Report on vaccination in the Province of Bengal - 1869-1873
Year: 1869
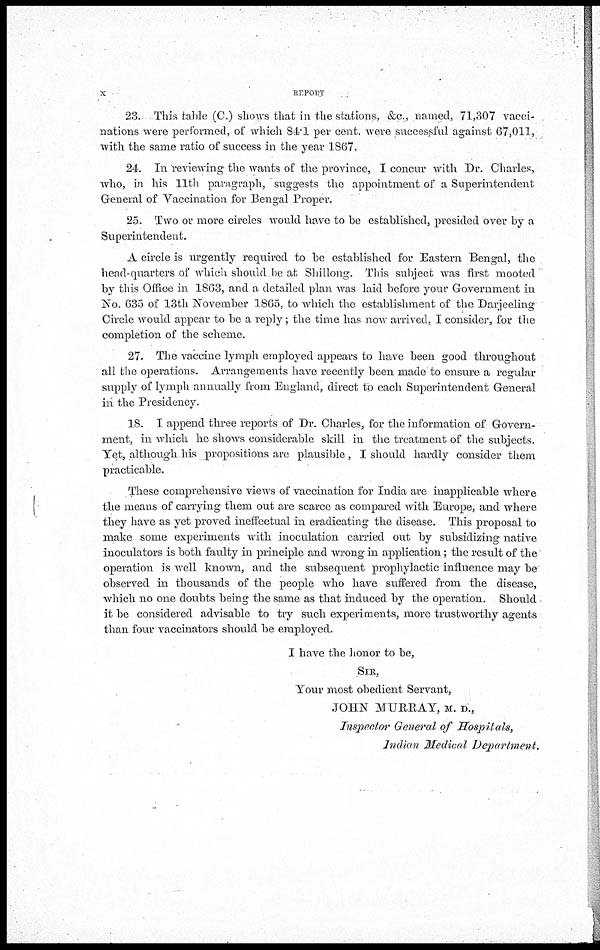
x
REPORT
23. This table (C.) shows that in the stations, &c., named, 71,307 vacci-
nations were performed, of which 84.1 per cent. were successful against 67,011,
with the same ratio of success in the year 1S67.
24. In reviewing the wants of the province, I concur with Dr. Charles,
who, in his 11th paragraph, suggests the appointment of a Superintendent
General of Vaccination for Bengal Proper.
25. Two or more circles would have to be established, presided over by a
Superintendent.
A circle is urgently required to be established for Eastern Bengal, the
head-quarters of which should be at Shillong. This subject was first mooted
by this Office in 1863, and a detailed plan was laid before your Government in
No. 635 of 13th November 1865, to which the establishment of the Darjeeling
Circle would appear to be a reply; the time has now arrived, I consider, for the
completion of the scheme.
27. The vaccine lymph employed appears to have been good throughout
all the operations. Arrangements have recently been made to ensure a regular
supply of lymph annually from England, direct to each Superintendent General
in. the Presidency.
18. I append three reports of Dr. Charles, for the information of Govern-
ment, in which he shows considerable skill in the treatment of the subjects.
Yet, although his propositions are plausible, I should hardly consider them
practicable.
These comprehensive views of vaccination for India are inapplicable where
the means of carrying them out are scarce as compared with Europe, and where
they have as yet proved ineffectual in eradicating the disease. This proposal to
make some experiments with inoculation carried out by subsidizing native
inoculators is both faulty in principle and wrong in application; the result of the
operation is well known, and the subsequent prophylactic influence may be
observed in thousands of the people who have suffered from the disease,
which no one doubts being the same as that induced by the operation. Should
it be considered advisable to try such experiments, more trustworthy agents
than four vaccinators should be employed.
I have the honor to be,
SIR,
Your most obedient Servant,
JOHN MURRAY, M. D.,
Inspector General of Hospitals,
Indian Medical Department.